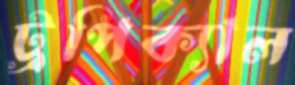
ট্রপিক্যাল